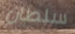
سلطان